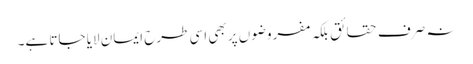
نہ صرف حقائق بلکہ مفروضوں پر بھی اسی طرح ایمان لایا جاتا ہے۔